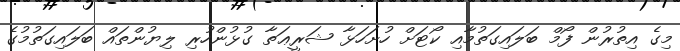
މިގެ އިތުރުން ފޯމް ބަލައިގަތުމާއި ކޯޓަށް ހުށަހަޅާ ޝަރީޢަތާ ގުޅުންހުރި ލިޔުންތައް ބަލައިގަތުމުގެ